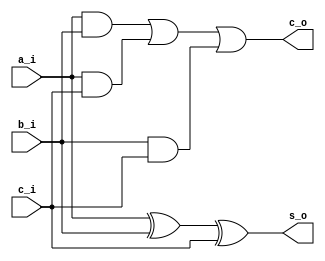

// Generated by Cadence Genus(TM) Synthesis Solution GENUS15.20 - 15.20-p004_1
// Generated on: May 12 2024 10:12:27

// Verification Directory fv/synth_wrapper 

module full_adder(a_i, b_i, c_i, s_o, c_o);
  input a_i, b_i, c_i;
  output s_o, c_o;
  wire a_i, b_i, c_i;
  wire s_o, c_o;
  wire n_3, n_5, n_6, n_7, n_8;
  xor g1 (n_3, a_i, b_i);
  xor g2 (s_o, n_3, c_i);
  and g3 (n_5, a_i, b_i);
  and g4 (n_6, a_i, c_i);
  or g5 (n_7, n_5, n_6);
  and g6 (n_8, b_i, c_i);
  or g7 (c_o, n_7, n_8);
endmodule

module adder_4bit(a_i, b_i, s_o, c_o);
  input [3:0] a_i, b_i;
  output [3:0] s_o;
  output c_o;
  wire [3:0] a_i, b_i;
  wire [3:0] s_o;
  wire c_o;
  wire \c_w[0] , \c_w[1] , \c_w[2] ;
  full_adder A0(a_i[0], b_i[0], 1'b0, s_o[0], \c_w[0] );
  full_adder A1(a_i[1], b_i[1], \c_w[0] , s_o[1], \c_w[1] );
  full_adder A2(a_i[2], b_i[2], \c_w[1] , s_o[2], \c_w[2] );
  full_adder A3(a_i[3], b_i[3], \c_w[2] , s_o[3], c_o);
endmodule

module full_subtractor(a_i, b_i, c_i, d_o, b_o);
  input a_i, b_i, c_i;
  output d_o, b_o;
  wire a_i, b_i, c_i;
  wire d_o, b_o;
  wire n_3, n_5, n_6, n_7, n_8;
  xor g1 (n_3, a_i, b_i);
  xor g2 (d_o, n_3, c_i);
  not g3 (n_5, a_i);
  xor g4 (n_6, b_i, c_i);
  and g5 (n_7, n_5, n_6);
  and g6 (n_8, b_i, c_i);
  or g7 (b_o, n_7, n_8);
endmodule

module subtractor_4bit(a_i, b_i, d_o, b_o);
  input [3:0] a_i, b_i;
  output [3:0] d_o;
  output b_o;
  wire [3:0] a_i, b_i;
  wire [3:0] d_o;
  wire b_o;
  wire \b_w[0] , \b_w[1] , \b_w[2] ;
  full_subtractor S0(a_i[0], b_i[0], 1'b0, d_o[0], \b_w[0] );
  full_subtractor S1(a_i[1], b_i[1], \b_w[0] , d_o[1], \b_w[1] );
  full_subtractor S2(a_i[2], b_i[2], \b_w[1] , d_o[2], \b_w[2] );
  full_subtractor S3(a_i[3], b_i[3], \b_w[2] , d_o[3], b_o);
endmodule

module and_4bit(a_i, b_i, c_o);
  input [3:0] a_i, b_i;
  output [3:0] c_o;
  wire [3:0] a_i, b_i;
  wire [3:0] c_o;
  and g1 (c_o[0], a_i[0], b_i[0]);
  and g2 (c_o[1], a_i[1], b_i[1]);
  and g3 (c_o[2], a_i[2], b_i[2]);
  and g4 (c_o[3], a_i[3], b_i[3]);
endmodule

module or_4bit(a_i, b_i, c_o);
  input [3:0] a_i, b_i;
  output [3:0] c_o;
  wire [3:0] a_i, b_i;
  wire [3:0] c_o;
  or g1 (c_o[0], a_i[0], b_i[0]);
  or g2 (c_o[1], a_i[1], b_i[1]);
  or g3 (c_o[2], a_i[2], b_i[2]);
  or g4 (c_o[3], a_i[3], b_i[3]);
endmodule

module xor_4bit(a_i, b_i, c_o);
  input [3:0] a_i, b_i;
  output [3:0] c_o;
  wire [3:0] a_i, b_i;
  wire [3:0] c_o;
  xor g1 (c_o[0], a_i[0], b_i[0]);
  xor g2 (c_o[1], a_i[1], b_i[1]);
  xor g3 (c_o[2], a_i[2], b_i[2]);
  xor g4 (c_o[3], a_i[3], b_i[3]);
endmodule

module not_4bit(a_i, c_o);
  input [3:0] a_i;
  output [3:0] c_o;
  wire [3:0] a_i;
  wire [3:0] c_o;
  not g1 (c_o[0], a_i[0]);
  not g2 (c_o[1], a_i[1]);
  not g3 (c_o[2], a_i[2]);
  not g4 (c_o[3], a_i[3]);
endmodule

module mux(ctl, in_0, in_1, in_2, in_3, in_4, z);
  input [4:0] ctl;
  input [3:0] in_0, in_1, in_2, in_3, in_4;
  output [3:0] z;
  wire [4:0] ctl;
  wire [3:0] in_0, in_1, in_2, in_3, in_4;
  wire [3:0] z;
  CDN_mux5 g1(.sel0 (ctl[4]), .data0 (in_0[3]), .sel1 (ctl[3]), .data1
       (in_1[3]), .sel2 (ctl[2]), .data2 (in_2[3]), .sel3 (ctl[1]),
       .data3 (in_3[3]), .sel4 (ctl[0]), .data4 (in_4[3]), .z (z[3]));
  CDN_mux5 g5(.sel0 (ctl[4]), .data0 (in_0[2]), .sel1 (ctl[3]), .data1
       (in_1[2]), .sel2 (ctl[2]), .data2 (in_2[2]), .sel3 (ctl[1]),
       .data3 (in_3[2]), .sel4 (ctl[0]), .data4 (in_4[2]), .z (z[2]));
  CDN_mux5 g6(.sel0 (ctl[4]), .data0 (in_0[1]), .sel1 (ctl[3]), .data1
       (in_1[1]), .sel2 (ctl[2]), .data2 (in_2[1]), .sel3 (ctl[1]),
       .data3 (in_3[1]), .sel4 (ctl[0]), .data4 (in_4[1]), .z (z[1]));
  CDN_mux5 g7(.sel0 (ctl[4]), .data0 (in_0[0]), .sel1 (ctl[3]), .data1
       (in_1[0]), .sel2 (ctl[2]), .data2 (in_2[0]), .sel3 (ctl[1]),
       .data3 (in_3[0]), .sel4 (ctl[0]), .data4 (in_4[0]), .z (z[0]));
endmodule

module shift_right_4bit(a_i, b_i, c_o);
  input [3:0] a_i, b_i;
  output [3:0] c_o;
  wire [3:0] a_i, b_i;
  wire [3:0] c_o;
  wire n_6, n_8, n_10, n_15, n_16, n_17, n_18, n_19;
  wire n_28, n_31, n_42, n_43, n_44;
  mux mux_c_o_8_9(.ctl ({n_15, n_16, n_17, n_18, n_19}), .in_0 (a_i),
       .in_1 ({1'b0, a_i[3:1]}), .in_2 ({2'b00, a_i[3:2]}), .in_3
       ({3'b000, a_i[3]}), .in_4 (4'b0000), .z (c_o));
  not g17 (n_31, b_i[3]);
  not g18 (n_28, b_i[2]);
  nor g1 (n_15, n_43, n_8);
  nand g2 (n_43, n_42, n_28);
  not g3 (n_42, b_i[1]);
  nand g4 (n_8, n_6, n_31);
  not g5 (n_6, b_i[0]);
  nor g6 (n_16, n_43, n_10);
  nand g7 (n_10, b_i[0], n_31);
  nor g8 (n_17, n_8, n_44);
  nand g9 (n_44, b_i[1], n_28);
  nor g10 (n_18, n_44, n_10);
  nand g11 (n_19, n_31, n_28);
endmodule

module shift_left_4bit(a_i, b_i, c_o);
  input [3:0] a_i, b_i;
  output [3:0] c_o;
  wire [3:0] a_i, b_i;
  wire [3:0] c_o;
  wire n_6, n_8, n_10, n_15, n_16, n_17, n_18, n_19;
  wire n_28, n_31, n_42, n_43, n_44;
  mux mux_c_o_8_9(.ctl ({n_15, n_16, n_17, n_18, n_19}), .in_0 (a_i),
       .in_1 ({a_i[2:0], 1'b0}), .in_2 ({a_i[1:0], 2'b00}), .in_3
       ({a_i[0], 3'b000}), .in_4 (4'b0000), .z (c_o));
  not g17 (n_31, b_i[3]);
  not g18 (n_28, b_i[2]);
  nor g1 (n_15, n_43, n_8);
  nand g2 (n_43, n_42, n_28);
  not g3 (n_42, b_i[1]);
  nand g4 (n_8, n_6, n_31);
  not g5 (n_6, b_i[0]);
  nor g6 (n_16, n_43, n_10);
  nand g7 (n_10, b_i[0], n_31);
  nor g8 (n_17, n_8, n_44);
  nand g9 (n_44, b_i[1], n_28);
  nor g10 (n_18, n_44, n_10);
  nand g11 (n_19, n_31, n_28);
endmodule

module case_box_4(in_0, out_0);
  input [2:0] in_0;
  output [7:0] out_0;
  wire [2:0] in_0;
  wire [7:0] out_0;
  wire n_25, n_27, n_39, n_60, n_61, n_62, n_63, n_64;
  wire n_65, n_66, n_67;
  nand g1 (n_25, n_60, n_61, n_62);
  nand g2 (n_27, n_60, n_61, in_0[0]);
  nand g3 (n_63, n_60, in_0[1], n_62);
  nand g4 (n_64, n_60, in_0[1], in_0[0]);
  nand g5 (n_65, in_0[2], n_61, n_62);
  nand g6 (n_66, in_0[2], n_61, in_0[0]);
  nand g7 (n_67, in_0[2], in_0[1], n_62);
  nand g8 (n_39, in_0[2], in_0[1], in_0[0]);
  not g9 (out_0[7], n_25);
  not g10 (out_0[6], n_27);
  not g11 (out_0[5], n_63);
  not g12 (out_0[4], n_64);
  not g13 (out_0[3], n_65);
  not g14 (out_0[2], n_66);
  not g15 (out_0[1], n_67);
  not g16 (out_0[0], n_39);
  not g17 (n_60, in_0[2]);
  not g18 (n_61, in_0[1]);
  not g19 (n_62, in_0[0]);
endmodule

module mux_8(ctl, in_0, in_1, in_2, in_3, in_4, in_5, in_6, in_7, z);
  input [7:0] ctl;
  input [2:0] in_0, in_1, in_2, in_3, in_4, in_5, in_6, in_7;
  output [2:0] z;
  wire [7:0] ctl;
  wire [2:0] in_0, in_1, in_2, in_3, in_4, in_5, in_6, in_7;
  wire [2:0] z;
  CDN_mux8 g1(.sel0 (ctl[7]), .data0 (in_0[2]), .sel1 (ctl[6]), .data1
       (in_1[2]), .sel2 (ctl[5]), .data2 (in_2[2]), .sel3 (ctl[4]),
       .data3 (in_3[2]), .sel4 (ctl[3]), .data4 (in_4[2]), .sel5
       (ctl[2]), .data5 (in_5[2]), .sel6 (ctl[1]), .data6 (in_6[2]),
       .sel7 (ctl[0]), .data7 (in_7[2]), .z (z[2]));
  CDN_mux8 g4(.sel0 (ctl[7]), .data0 (in_0[1]), .sel1 (ctl[6]), .data1
       (in_1[1]), .sel2 (ctl[5]), .data2 (in_2[1]), .sel3 (ctl[4]),
       .data3 (in_3[1]), .sel4 (ctl[3]), .data4 (in_4[1]), .sel5
       (ctl[2]), .data5 (in_5[1]), .sel6 (ctl[1]), .data6 (in_6[1]),
       .sel7 (ctl[0]), .data7 (in_7[1]), .z (z[1]));
  CDN_mux8 g5(.sel0 (ctl[7]), .data0 (in_0[0]), .sel1 (ctl[6]), .data1
       (in_1[0]), .sel2 (ctl[5]), .data2 (in_2[0]), .sel3 (ctl[4]),
       .data3 (in_3[0]), .sel4 (ctl[3]), .data4 (in_4[0]), .sel5
       (ctl[2]), .data5 (in_5[0]), .sel6 (ctl[1]), .data6 (in_6[0]),
       .sel7 (ctl[0]), .data7 (in_7[0]), .z (z[0]));
endmodule

module mux_10(ctl, in_0, in_1, in_2, z);
  input [2:0] ctl;
  input in_0, in_1, in_2;
  output z;
  wire [2:0] ctl;
  wire in_0, in_1, in_2;
  wire z;
  CDN_mux3 g1(.sel0 (ctl[2]), .data0 (in_0), .sel1 (ctl[1]), .data1
       (in_1), .sel2 (ctl[0]), .data2 (in_2), .z (z));
endmodule

module bmux(ctl, in_0, in_1, z);
  input ctl, in_0, in_1;
  output z;
  wire ctl, in_0, in_1;
  wire z;
  CDN_bmux2 g1(.sel0 (ctl), .data0 (in_0), .data1 (in_1), .z (z));
endmodule

module mux_11(ctl, in_0, in_1, in_2, in_3, in_4, in_5, in_6, in_7, z);
  input [7:0] ctl;
  input [3:0] in_0, in_1, in_2, in_3, in_4, in_5, in_6, in_7;
  output [3:0] z;
  wire [7:0] ctl;
  wire [3:0] in_0, in_1, in_2, in_3, in_4, in_5, in_6, in_7;
  wire [3:0] z;
  CDN_mux8 g1(.sel0 (ctl[7]), .data0 (in_0[3]), .sel1 (ctl[6]), .data1
       (in_1[3]), .sel2 (ctl[5]), .data2 (in_2[3]), .sel3 (ctl[4]),
       .data3 (in_3[3]), .sel4 (ctl[3]), .data4 (in_4[3]), .sel5
       (ctl[2]), .data5 (in_5[3]), .sel6 (ctl[1]), .data6 (in_6[3]),
       .sel7 (ctl[0]), .data7 (in_7[3]), .z (z[3]));
  CDN_mux8 g5(.sel0 (ctl[7]), .data0 (in_0[2]), .sel1 (ctl[6]), .data1
       (in_1[2]), .sel2 (ctl[5]), .data2 (in_2[2]), .sel3 (ctl[4]),
       .data3 (in_3[2]), .sel4 (ctl[3]), .data4 (in_4[2]), .sel5
       (ctl[2]), .data5 (in_5[2]), .sel6 (ctl[1]), .data6 (in_6[2]),
       .sel7 (ctl[0]), .data7 (in_7[2]), .z (z[2]));
  CDN_mux8 g6(.sel0 (ctl[7]), .data0 (in_0[1]), .sel1 (ctl[6]), .data1
       (in_1[1]), .sel2 (ctl[5]), .data2 (in_2[1]), .sel3 (ctl[4]),
       .data3 (in_3[1]), .sel4 (ctl[3]), .data4 (in_4[1]), .sel5
       (ctl[2]), .data5 (in_5[1]), .sel6 (ctl[1]), .data6 (in_6[1]),
       .sel7 (ctl[0]), .data7 (in_7[1]), .z (z[1]));
  CDN_mux8 g7(.sel0 (ctl[7]), .data0 (in_0[0]), .sel1 (ctl[6]), .data1
       (in_1[0]), .sel2 (ctl[5]), .data2 (in_2[0]), .sel3 (ctl[4]),
       .data3 (in_3[0]), .sel4 (ctl[3]), .data4 (in_4[0]), .sel5
       (ctl[2]), .data5 (in_5[0]), .sel6 (ctl[1]), .data6 (in_6[0]),
       .sel7 (ctl[0]), .data7 (in_7[0]), .z (z[0]));
endmodule

module bmux_14(ctl, in_0, in_1, z);
  input ctl;
  input [3:0] in_0, in_1;
  output [3:0] z;
  wire ctl;
  wire [3:0] in_0, in_1;
  wire [3:0] z;
  CDN_bmux2 g1(.sel0 (ctl), .data0 (in_0[3]), .data1 (in_1[3]), .z
       (z[3]));
  CDN_bmux2 g2(.sel0 (ctl), .data0 (in_0[2]), .data1 (in_1[2]), .z
       (z[2]));
  CDN_bmux2 g3(.sel0 (ctl), .data0 (in_0[1]), .data1 (in_1[1]), .z
       (z[1]));
  CDN_bmux2 g4(.sel0 (ctl), .data0 (in_0[0]), .data1 (in_1[0]), .z
       (z[0]));
endmodule

module alu(clk_i, rst_ni, op_i, a_i, b_i, result_o, carry_o);
  input clk_i, rst_ni;
  input [2:0] op_i;
  input [3:0] a_i, b_i;
  output [3:0] result_o;
  output carry_o;
  wire clk_i, rst_ni;
  wire [2:0] op_i;
  wire [3:0] a_i, b_i;
  wire [3:0] result_o;
  wire carry_o;
  wire [3:0] add_w;
  wire [3:0] sub_w;
  wire [3:0] result_d;
  wire UNCONNECTED, UNCONNECTED0, UNCONNECTED1, UNCONNECTED2,
       UNCONNECTED3, _X_, carry_a_w, carry_d;
  wire carry_s_w, n_5, n_14, n_15, n_16, n_28, n_32, n_33;
  wire n_34, n_35, n_36, n_37, n_38, n_39, n_40, n_41;
  wire n_42, n_43, n_44, n_45, n_46, n_47, n_48, n_49;
  wire n_50, n_51, n_52, n_53, n_54, n_55, n_56, n_57;
  wire n_58, n_59, n_60, n_61, n_62, n_63, n_64, n_65;
  wire n_66, n_67, n_68, n_69;
  adder_4bit A0(a_i, b_i, add_w, carry_a_w);
  subtractor_4bit S0(a_i, b_i, sub_w, carry_s_w);
  and_4bit A1(a_i, b_i, {n_64, n_58, n_52, n_46});
  or_4bit O0(a_i, b_i, {n_65, n_59, n_53, n_47});
  xor_4bit X0(a_i, b_i, {n_66, n_60, n_54, n_48});
  not_4bit N0(a_i, {n_67, n_61, n_55, n_49});
  shift_right_4bit SR(a_i, b_i, {n_68, n_62, n_56, n_50});
  shift_left_4bit SL(a_i, b_i, {n_69, n_63, n_57, n_51});
  case_box_4 ctl_op_i_26_16(.in_0 (op_i), .out_0 ({n_32, n_33, n_34,
       n_35, n_36, n_37, n_38, n_39}));
  mux_8 mux_carry_d_26_16(.ctl ({n_32, n_33, n_34, n_35, n_36, n_37,
       n_38, n_39}), .in_0 ({2'b01, _X_}), .in_1 ({2'b10, _X_}), .in_2
       (3'b000), .in_3 (3'b000), .in_4 (3'b000), .in_5 (3'b000), .in_6
       (3'b000), .in_7 (3'b000), .z ({n_41, n_40, n_45}));
  mux_10 mux_carry_d_26_5(.ctl ({n_42, n_43, n_44}), .in_0 (carry_a_w),
       .in_1 (carry_s_w), .in_2 (n_45), .z (carry_d));
  bmux mux_carry_o_40_7(.ctl (n_28), .in_0 (carry_d), .in_1 (1'b0), .z
       (UNCONNECTED));
  mux_11 mux_result_d_26_16(.ctl ({n_32, n_33, n_34, n_35, n_36, n_37,
       n_38, n_39}), .in_0 (add_w), .in_1 (sub_w), .in_2 ({n_64, n_58,
       n_52, n_46}), .in_3 ({n_65, n_59, n_53, n_47}), .in_4 ({n_66,
       n_60, n_54, n_48}), .in_5 ({n_67, n_61, n_55, n_49}), .in_6
       ({n_68, n_62, n_56, n_50}), .in_7 ({n_69, n_63, n_57, n_51}), .z
       (result_d));
  bmux_14 mux_result_o_40_7(.ctl (n_28), .in_0 (result_d), .in_1
       (4'b0000), .z ({UNCONNECTED3, UNCONNECTED2, UNCONNECTED1,
       UNCONNECTED0}));
  CDN_dc logicX_inst(.cf (1'b0), .dcf (1'b1), .z (_X_));
  not g1 (n_28, rst_ni);
  CDN_flop \result_o_reg[0] (.clk (clk_i), .d (result_d[0]), .sena
       (1'b1), .aclr (n_28), .apre (1'b0), .srl (1'b0), .srd (1'b0), .q
       (result_o[0]));
  CDN_flop \result_o_reg[1] (.clk (clk_i), .d (result_d[1]), .sena
       (1'b1), .aclr (n_28), .apre (1'b0), .srl (1'b0), .srd (1'b0), .q
       (result_o[1]));
  CDN_flop \result_o_reg[2] (.clk (clk_i), .d (result_d[2]), .sena
       (1'b1), .aclr (n_28), .apre (1'b0), .srl (1'b0), .srd (1'b0), .q
       (result_o[2]));
  CDN_flop \result_o_reg[3] (.clk (clk_i), .d (result_d[3]), .sena
       (1'b1), .aclr (n_28), .apre (1'b0), .srl (1'b0), .srd (1'b0), .q
       (result_o[3]));
  CDN_flop carry_o_reg(.clk (clk_i), .d (carry_d), .sena (1'b1), .aclr
       (n_28), .apre (1'b0), .srl (1'b0), .srd (1'b0), .q (carry_o));
  nand g7 (n_5, n_40, n_14);
  nand g2 (n_16, n_15, n_41);
  not g3 (n_42, n_5);
  not g4 (n_43, n_16);
  nor g8 (n_44, n_43, n_42);
  not g9 (n_14, n_41);
  not g10 (n_15, n_40);
endmodule

module bmux_17(ctl, in_0, in_1, z);
  input ctl;
  input [2:0] in_0, in_1;
  output [2:0] z;
  wire ctl;
  wire [2:0] in_0, in_1;
  wire [2:0] z;
  CDN_bmux2 g1(.sel0 (ctl), .data0 (in_0[2]), .data1 (in_1[2]), .z
       (z[2]));
  CDN_bmux2 g2(.sel0 (ctl), .data0 (in_0[1]), .data1 (in_1[1]), .z
       (z[1]));
  CDN_bmux2 g3(.sel0 (ctl), .data0 (in_0[0]), .data1 (in_1[0]), .z
       (z[0]));
endmodule

module synth_wrapper(clk, rst_n, op, a, b, result, carry);
  input clk, rst_n;
  input [2:0] op;
  input [3:0] a, b;
  output [3:0] result;
  output carry;
  wire clk, rst_n;
  wire [2:0] op;
  wire [3:0] a, b;
  wire [3:0] result;
  wire carry;
  wire [2:0] op_reg;
  wire [3:0] a_reg;
  wire [3:0] b_reg;
  wire UNCONNECTED4, UNCONNECTED5, UNCONNECTED6, UNCONNECTED7,
       UNCONNECTED8, UNCONNECTED9, UNCONNECTED10, UNCONNECTED11;
  wire UNCONNECTED12, UNCONNECTED13, UNCONNECTED14, UNCONNECTED15,
       UNCONNECTED16, UNCONNECTED17, UNCONNECTED18, UNCONNECTED19;
  wire carry_reg_48, n_17, \result_reg[0]_36 , \result_reg[1]_37 ,
       \result_reg[2]_38 , \result_reg[3]_39 ;
  alu ALU0(clk, rst_n, op_reg, a_reg, b_reg, {\result_reg[3]_39 ,
       \result_reg[2]_38 , \result_reg[1]_37 , \result_reg[0]_36 },
       carry_reg_48);
  bmux_14 mux_b_reg_17_7(.ctl (n_17), .in_0 (b), .in_1 (4'b0000), .z
       ({UNCONNECTED7, UNCONNECTED6, UNCONNECTED5, UNCONNECTED4}));
  bmux_14 mux_a_reg_17_7(.ctl (n_17), .in_0 (a), .in_1 (4'b0000), .z
       ({UNCONNECTED11, UNCONNECTED10, UNCONNECTED9, UNCONNECTED8}));
  bmux_17 mux_op_reg_17_7(.ctl (n_17), .in_0 (op), .in_1 (3'b000), .z
       ({UNCONNECTED14, UNCONNECTED13, UNCONNECTED12}));
  bmux mux_carry_17_7(.ctl (n_17), .in_0 (carry_reg_48), .in_1 (1'b0),
       .z (UNCONNECTED15));
  bmux_14 mux_result_17_7(.ctl (n_17), .in_0 ({\result_reg[3]_39 ,
       \result_reg[2]_38 , \result_reg[1]_37 , \result_reg[0]_36 }),
       .in_1 (4'b0000), .z ({UNCONNECTED19, UNCONNECTED18,
       UNCONNECTED17, UNCONNECTED16}));
  not g1 (n_17, rst_n);
  CDN_flop \result_reg[0] (.clk (clk), .d (\result_reg[0]_36 ), .sena
       (1'b1), .aclr (n_17), .apre (1'b0), .srl (1'b0), .srd (1'b0), .q
       (result[0]));
  CDN_flop \result_reg[1] (.clk (clk), .d (\result_reg[1]_37 ), .sena
       (1'b1), .aclr (n_17), .apre (1'b0), .srl (1'b0), .srd (1'b0), .q
       (result[1]));
  CDN_flop \result_reg[2] (.clk (clk), .d (\result_reg[2]_38 ), .sena
       (1'b1), .aclr (n_17), .apre (1'b0), .srl (1'b0), .srd (1'b0), .q
       (result[2]));
  CDN_flop \result_reg[3] (.clk (clk), .d (\result_reg[3]_39 ), .sena
       (1'b1), .aclr (n_17), .apre (1'b0), .srl (1'b0), .srd (1'b0), .q
       (result[3]));
  CDN_flop carry_reg(.clk (clk), .d (carry_reg_48), .sena (1'b1), .aclr
       (n_17), .apre (1'b0), .srl (1'b0), .srd (1'b0), .q (carry));
  CDN_flop \op_reg_reg[0] (.clk (clk), .d (op[0]), .sena (1'b1), .aclr
       (n_17), .apre (1'b0), .srl (1'b0), .srd (1'b0), .q (op_reg[0]));
  CDN_flop \op_reg_reg[1] (.clk (clk), .d (op[1]), .sena (1'b1), .aclr
       (n_17), .apre (1'b0), .srl (1'b0), .srd (1'b0), .q (op_reg[1]));
  CDN_flop \op_reg_reg[2] (.clk (clk), .d (op[2]), .sena (1'b1), .aclr
       (n_17), .apre (1'b0), .srl (1'b0), .srd (1'b0), .q (op_reg[2]));
  CDN_flop \a_reg_reg[0] (.clk (clk), .d (a[0]), .sena (1'b1), .aclr
       (n_17), .apre (1'b0), .srl (1'b0), .srd (1'b0), .q (a_reg[0]));
  CDN_flop \a_reg_reg[1] (.clk (clk), .d (a[1]), .sena (1'b1), .aclr
       (n_17), .apre (1'b0), .srl (1'b0), .srd (1'b0), .q (a_reg[1]));
  CDN_flop \a_reg_reg[2] (.clk (clk), .d (a[2]), .sena (1'b1), .aclr
       (n_17), .apre (1'b0), .srl (1'b0), .srd (1'b0), .q (a_reg[2]));
  CDN_flop \a_reg_reg[3] (.clk (clk), .d (a[3]), .sena (1'b1), .aclr
       (n_17), .apre (1'b0), .srl (1'b0), .srd (1'b0), .q (a_reg[3]));
  CDN_flop \b_reg_reg[0] (.clk (clk), .d (b[0]), .sena (1'b1), .aclr
       (n_17), .apre (1'b0), .srl (1'b0), .srd (1'b0), .q (b_reg[0]));
  CDN_flop \b_reg_reg[1] (.clk (clk), .d (b[1]), .sena (1'b1), .aclr
       (n_17), .apre (1'b0), .srl (1'b0), .srd (1'b0), .q (b_reg[1]));
  CDN_flop \b_reg_reg[2] (.clk (clk), .d (b[2]), .sena (1'b1), .aclr
       (n_17), .apre (1'b0), .srl (1'b0), .srd (1'b0), .q (b_reg[2]));
  CDN_flop \b_reg_reg[3] (.clk (clk), .d (b[3]), .sena (1'b1), .aclr
       (n_17), .apre (1'b0), .srl (1'b0), .srd (1'b0), .q (b_reg[3]));
endmodule

`ifdef RC_CDN_GENERIC_GATE
`else
module CDN_dc(cf, dcf, z);
  input cf, dcf;
  output z;
  wire cf, dcf;
  wire z;
  assign z = dcf ? 1'bx : cf;
endmodule
`endif
`ifdef RC_CDN_GENERIC_GATE
`else
module CDN_flop(clk, d, sena, aclr, apre, srl, srd, q);
  input clk, d, sena, aclr, apre, srl, srd;
  output q;
  wire clk, d, sena, aclr, apre, srl, srd;
  wire q;
  reg  qi;
  assign #1 q = qi;
  always 
    @(posedge clk or posedge apre or posedge aclr) 
      if (aclr) 
        qi <= 0;
      else if (apre) 
          qi <= 1;
        else if (srl) 
            qi <= srd;
          else begin
            if (sena) 
              qi <= d;
          end
  initial 
    qi <= 1'b0;
endmodule
`endif
`ifdef RC_CDN_GENERIC_GATE
`else
`ifdef ONE_HOT_MUX // captures one-hot property of select inputs
module CDN_mux5(sel0, data0, sel1, data1, sel2, data2, sel3, data3,
     sel4, data4, z);
  input sel0, data0, sel1, data1, sel2, data2, sel3, data3, sel4, data4;
  output z;
  wire sel0, data0, sel1, data1, sel2, data2, sel3, data3, sel4, data4;
  reg  z;
  always 
    @(sel0 or sel1 or sel2 or sel3 or sel4 or data0 or data1 or data2
         or data3 or data4) 
      case ({sel0, sel1, sel2, sel3, sel4})
       5'b10000: z = data0;
       5'b01000: z = data1;
       5'b00100: z = data2;
       5'b00010: z = data3;
       5'b00001: z = data4;
       default: z = 1'bX;
      endcase
endmodule
`else
module CDN_mux5(sel0, data0, sel1, data1, sel2, data2, sel3, data3,
     sel4, data4, z);
  input sel0, data0, sel1, data1, sel2, data2, sel3, data3, sel4, data4;
  output z;
  wire sel0, data0, sel1, data1, sel2, data2, sel3, data3, sel4, data4;
  wire z;
  wire w_0, w_1, w_2, w_3, w_4;
  and a_0 (w_0, sel0, data0);
  and a_1 (w_1, sel1, data1);
  and a_2 (w_2, sel2, data2);
  and a_3 (w_3, sel3, data3);
  and a_4 (w_4, sel4, data4);
  or org (z, w_0, w_1, w_2, w_3, w_4);
endmodule
`endif // ONE_HOT_MUX
`endif
`ifdef RC_CDN_GENERIC_GATE
`else
`ifdef ONE_HOT_MUX // captures one-hot property of select inputs
module CDN_mux8(sel0, data0, sel1, data1, sel2, data2, sel3, data3,
     sel4, data4, sel5, data5, sel6, data6, sel7, data7, z);
  input sel0, data0, sel1, data1, sel2, data2, sel3, data3, sel4,
       data4, sel5, data5, sel6, data6, sel7, data7;
  output z;
  wire sel0, data0, sel1, data1, sel2, data2, sel3, data3, sel4, data4,
       sel5, data5, sel6, data6, sel7, data7;
  reg  z;
  always 
    @(sel0 or sel1 or sel2 or sel3 or sel4 or sel5 or sel6 or sel7 or
         data0 or data1 or data2 or data3 or data4 or data5 or data6 or
         data7) 
      case ({sel0, sel1, sel2, sel3, sel4, sel5, sel6, sel7})
       8'b10000000: z = data0;
       8'b01000000: z = data1;
       8'b00100000: z = data2;
       8'b00010000: z = data3;
       8'b00001000: z = data4;
       8'b00000100: z = data5;
       8'b00000010: z = data6;
       8'b00000001: z = data7;
       default: z = 1'bX;
      endcase
endmodule
`else
module CDN_mux8(sel0, data0, sel1, data1, sel2, data2, sel3, data3,
     sel4, data4, sel5, data5, sel6, data6, sel7, data7, z);
  input sel0, data0, sel1, data1, sel2, data2, sel3, data3, sel4,
       data4, sel5, data5, sel6, data6, sel7, data7;
  output z;
  wire sel0, data0, sel1, data1, sel2, data2, sel3, data3, sel4, data4,
       sel5, data5, sel6, data6, sel7, data7;
  wire z;
  wire w_0, w_1, w_2, w_3, w_4, w_5, w_6, w_7;
  and a_0 (w_0, sel0, data0);
  and a_1 (w_1, sel1, data1);
  and a_2 (w_2, sel2, data2);
  and a_3 (w_3, sel3, data3);
  and a_4 (w_4, sel4, data4);
  and a_5 (w_5, sel5, data5);
  and a_6 (w_6, sel6, data6);
  and a_7 (w_7, sel7, data7);
  or org (z, w_0, w_1, w_2, w_3, w_4, w_5, w_6, w_7);
endmodule
`endif // ONE_HOT_MUX
`endif
`ifdef RC_CDN_GENERIC_GATE
`else
`ifdef ONE_HOT_MUX // captures one-hot property of select inputs
module CDN_mux3(sel0, data0, sel1, data1, sel2, data2, z);
  input sel0, data0, sel1, data1, sel2, data2;
  output z;
  wire sel0, data0, sel1, data1, sel2, data2;
  reg  z;
  always 
    @(sel0 or sel1 or sel2 or data0 or data1 or data2) 
      case ({sel0, sel1, sel2})
       3'b100: z = data0;
       3'b010: z = data1;
       3'b001: z = data2;
       default: z = 1'bX;
      endcase
endmodule
`else
module CDN_mux3(sel0, data0, sel1, data1, sel2, data2, z);
  input sel0, data0, sel1, data1, sel2, data2;
  output z;
  wire sel0, data0, sel1, data1, sel2, data2;
  wire z;
  wire w_0, w_1, w_2;
  and a_0 (w_0, sel0, data0);
  and a_1 (w_1, sel1, data1);
  and a_2 (w_2, sel2, data2);
  or org (z, w_0, w_1, w_2);
endmodule
`endif // ONE_HOT_MUX
`endif
`ifdef RC_CDN_GENERIC_GATE
`else
`ifdef ONE_HOT_MUX
module CDN_bmux2(sel0, data0, data1, z);
  input sel0, data0, data1;
  output z;
  wire sel0, data0, data1;
  reg  z;
  always 
    @(sel0 or data0 or data1) 
      case ({sel0})
       1'b0: z = data0;
       1'b1: z = data1;
      endcase
endmodule
`else
module CDN_bmux2(sel0, data0, data1, z);
  input sel0, data0, data1;
  output z;
  wire sel0, data0, data1;
  wire z;
  wire inv_sel0, w_0, w_1;
  not i_0 (inv_sel0, sel0);
  and a_0 (w_0, inv_sel0, data0);
  and a_1 (w_1, sel0, data1);
  or org (z, w_0, w_1);
endmodule
`endif // ONE_HOT_MUX
`endif